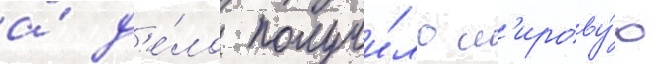
а́ д'е́ло получи́ло м'ирову́ю